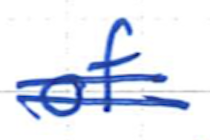
Text: of
Cross-out: double-line
Writing tool: ballpoint